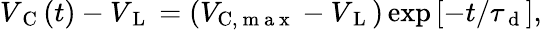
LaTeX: V_{\mathrm{~C~}}(t)-V_{\mathrm{~L~}}=\left(V_{\mathrm{C},\mathrm{~m~a~x~}}-V_{\mathrm{~L~}}\right)\exp\left[-t/\tau_{\mathrm{~d~}}\right],